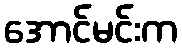
အောင်မင်းက